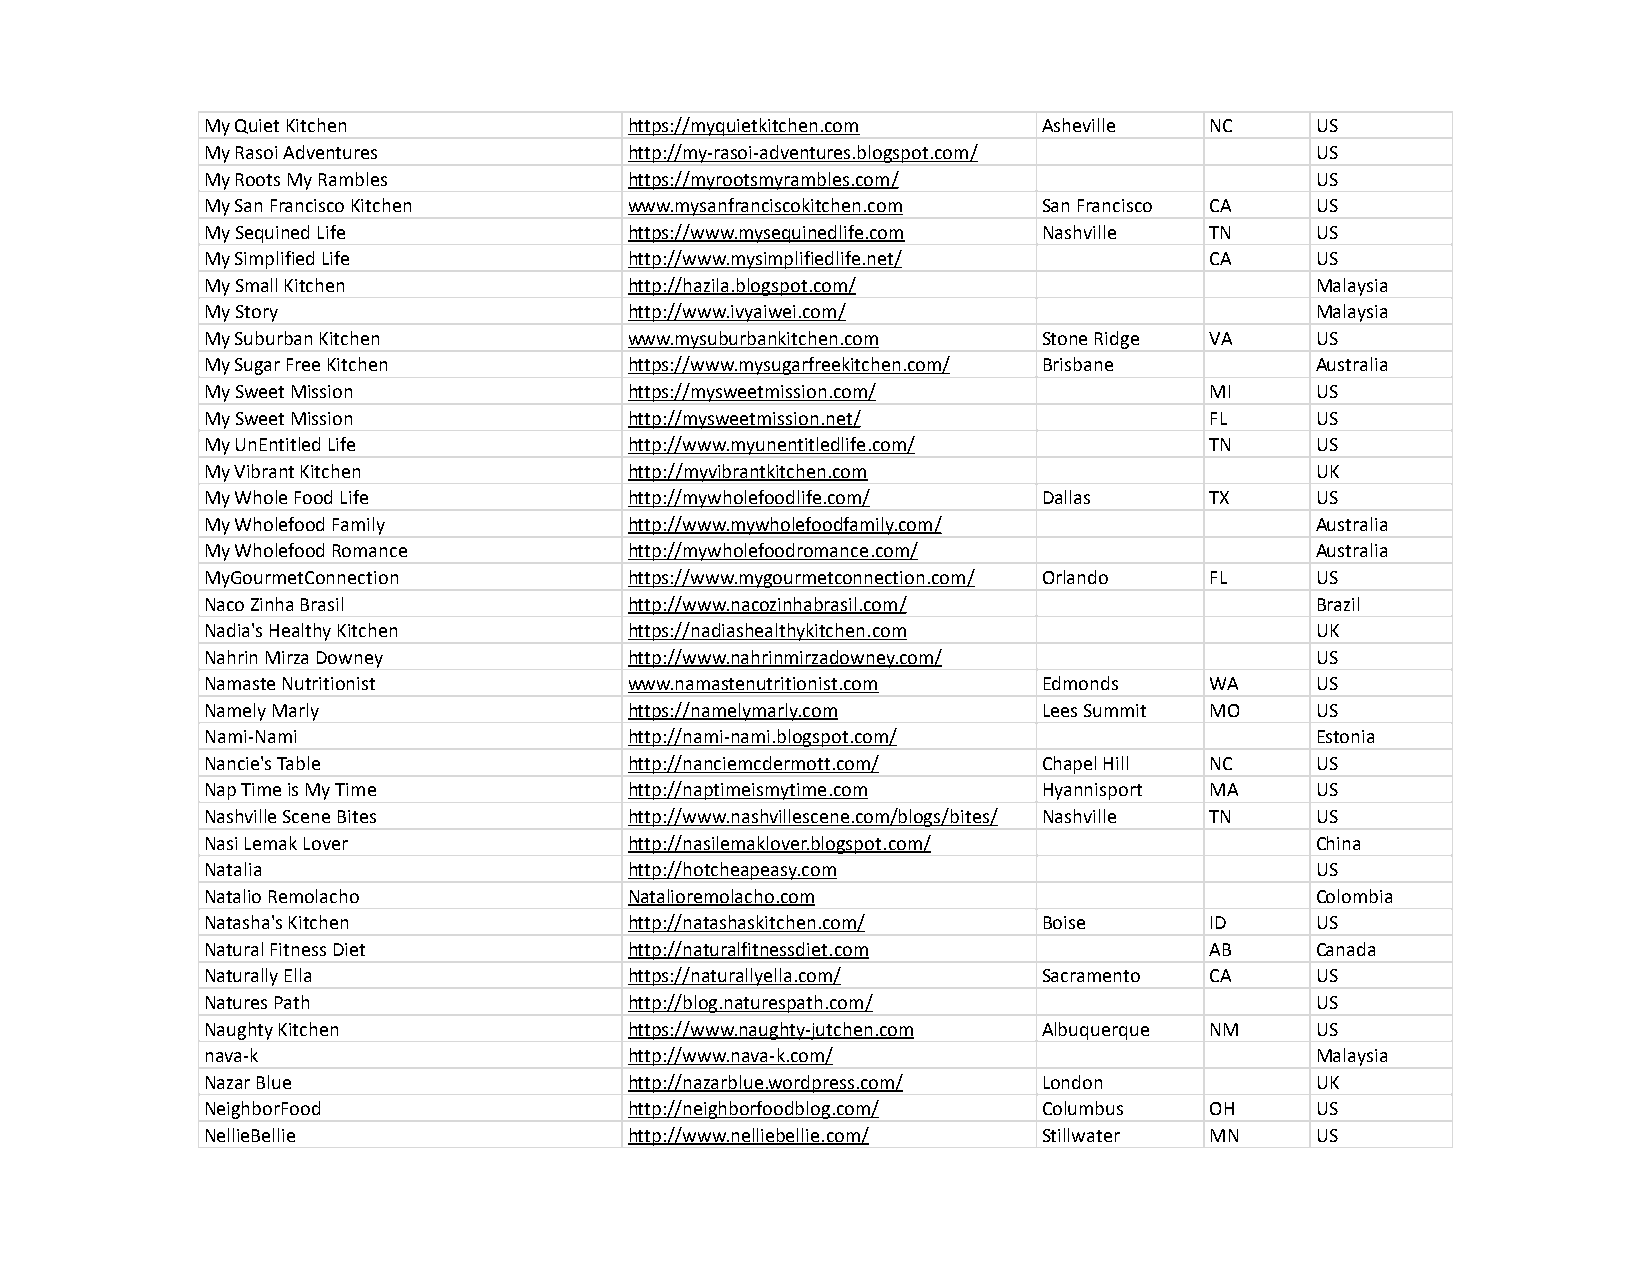
My Quiet Kitchen            https://myquietkitchen.com Asheville  NC     US
 My Rasoi Adventures         http://my-rasoi-adventures.blogspot.com/     US
 My Roots My Rambles         https://myrootsmyrambles.com/                US
 My San Francisco Kitchen    www.mysanfranciscokitchen.com San Francisco CA US
 My Sequined Life            https://www.mysequinedlife.com Nashville TN  US
 My Simplified Life          http://www.mysimplifiedlife.net/      CA     US
 My Small Kitchen            http://hazila.blogspot.com/                  Malaysia
 My Story                    http://www.ivyaiwei.com/                     Malaysia
 My Suburban Kitchen         www.mysuburbankitchen.com  Stone Ridge VA    US
 My Sugar Free Kitchen       https://www.mysugarfreekitchen.com/ Brisbane Australia
 My Sweet Mission            https://mysweetmission.com/           MI     US
 My Sweet Mission            http://mysweetmission.net/            FL     US
 My UnEntitled Life          http://www.myunentitledlife.com/      TN     US
 My Vibrant Kitchen          http://myvibrantkitchen.com                  UK
 My Whole Food Life          http://mywholefoodlife.com/ Dallas    TX     US
 My Wholefood Family         http://www.mywholefoodfamily.com/            Australia
 My Wholefood Romance        http://mywholefoodromance.com/               Australia
 MyGourmetConnection         https://www.mygourmetconnection.com/ Orlando FL US
 Naco Zinha Brasil           http://www.nacozinhabrasil.com/              Brazil
 Nadia's Healthy Kitchen     https://nadiashealthykitchen.com             UK
 Nahrin Mirza Downey         http://www.nahrinmirzadowney.com/            US
 Namaste Nutritionist        www.namastenutritionist.com Edmonds   WA     US
 Namely Marly                https://namelymarly.com    Lees Summit MO    US
 Nami-Nami                   http://nami-nami.blogspot.com/               Estonia
 Nancie's Table              http://nanciemcdermott.com/ Chapel Hill NC   US
 Nap Time is My Time         http://naptimeismytime.com Hyannisport MA    US
 Nashville Scene Bites       http://www.nashvillescene.com/blogs/bites/ Nashville TN US
 Nasi Lemak Lover            http://nasilemaklover.blogspot.com/          China
 Natalia                     http://hotcheapeasy.com                      US
 Natalio Remolacho           Natalioremolacho.com                         Colombia
 Natasha's Kitchen           http://natashaskitchen.com/ Boise     ID     US
 Natural Fitness Diet        http://naturalfitnessdiet.com         AB     Canada
 Naturally Ella              https://naturallyella.com/ Sacramento CA     US
 Natures Path                http://blog.naturespath.com/                 US
 Naughty Kitchen             https://www.naughty-jutchen.com Albuquerque NM US
 nava-k                      http://www.nava-k.com/                       Malaysia
 Nazar Blue                  http://nazarblue.wordpress.com/ London       UK
 NeighborFood                http://neighborfoodblog.com/ Columbus OH     US
 NellieBellie                http://www.nelliebellie.com/ Stillwater MN   US